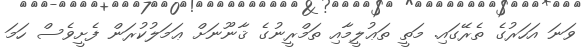
ވަނަ އަހަރުގެ ތެރޭގައި. މަތީ ތަޢުލީމާއި ތަމްރީނުގެ ޤާނޫނަށް ޢަމަލުކުރަން ފެށީވެސް ހަމަ